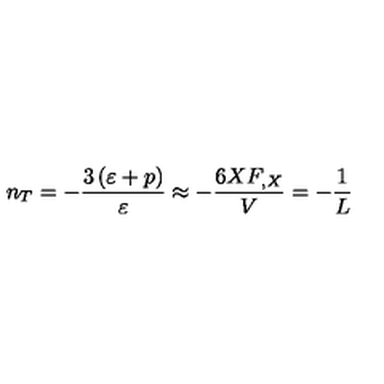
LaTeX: n _ { T } = - \frac { 3 \left( \varepsilon + p \right) } { \varepsilon } \approx - \frac { 6 X F _ { , X } } { V } = - \frac { 1 } { L }